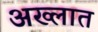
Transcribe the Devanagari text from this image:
अख्लात